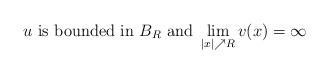
LaTeX: \begin{align*} u\ \mbox{is bounded in}\ B_{R}\ \mbox{and}\ \lim\limits_{|x|\nearrow R}v(x)=\infty\end{align*}